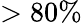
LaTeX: >80\%